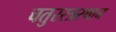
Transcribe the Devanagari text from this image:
चतुरस्त्रस्थान